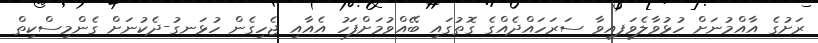
ރަށުގެ އާއްމުނަށް ހުޅުވާލެވިަފއިވާ ސަރަަހައްދެއްގެ ގޮތުގައި ބޭއްވުމަށްފަހު އެއާއި ޖެހިގެން ހުޅަނގު-ދެކުނަށް ގެންމިސްކިތް